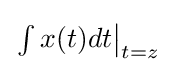
{\textstyle \left.\int x(t)dt\right|_{t=z}}